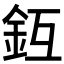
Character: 𨥛